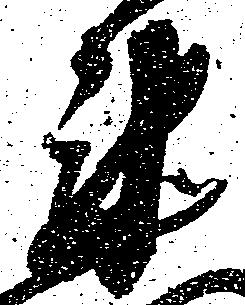
衛